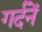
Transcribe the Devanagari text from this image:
गर्दनें